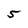
Character: 5